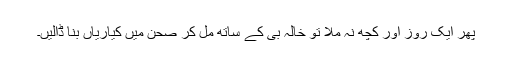
پھر ایک روز اور کچھ نہ ملا تو خالہ بی کے ساتھ مل کر صحن میں کیاریاں بنا ڈالیں۔